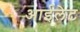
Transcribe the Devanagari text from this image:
आईलेट